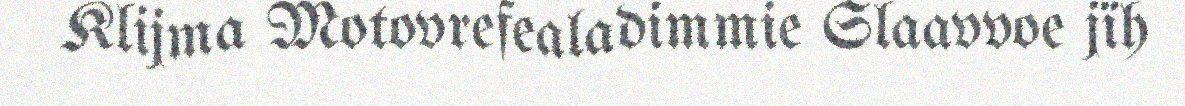
Klijma Motovrefealadimmie Slaavvoe jïh